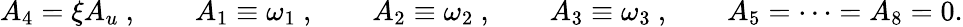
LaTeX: A_{4}=\xi A_{u}\ ,\qquad A_{1}\equiv\omega_{1}\ ,\qquad A_{2}\equiv\omega_{2}\ ,\qquad A_{3}\equiv\omega_{3}\ ,\qquad A_{5}=\dots=A_{8}=0.